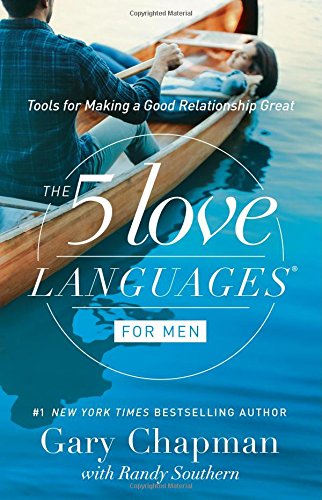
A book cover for The 5 Love Languages for Men: Tools for Making a Good Relationship Great; Gary D Chapman; Parenting & Relationships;